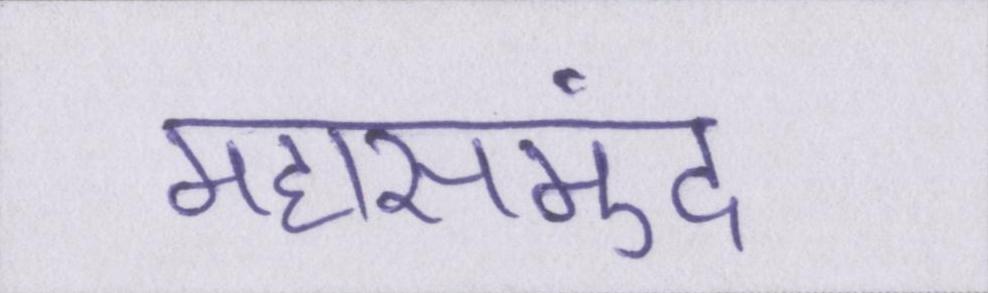
महासमुंद